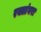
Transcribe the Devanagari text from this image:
रक्तांबरा